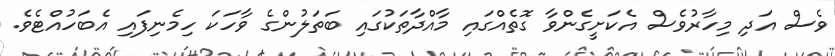
ވެސް އަދި މިހާރުވެސް އެކަށީގެންވާ ގޮތެއްގައި މާއްދާތަކުގައި ބަތަލުންގެ ވާހަކަ ހިމެނިފައި އެބަހުއްޓެވެ.